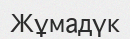
Жұмадүк